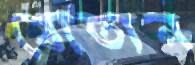
যোতান